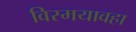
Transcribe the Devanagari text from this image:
विस्मयावहा